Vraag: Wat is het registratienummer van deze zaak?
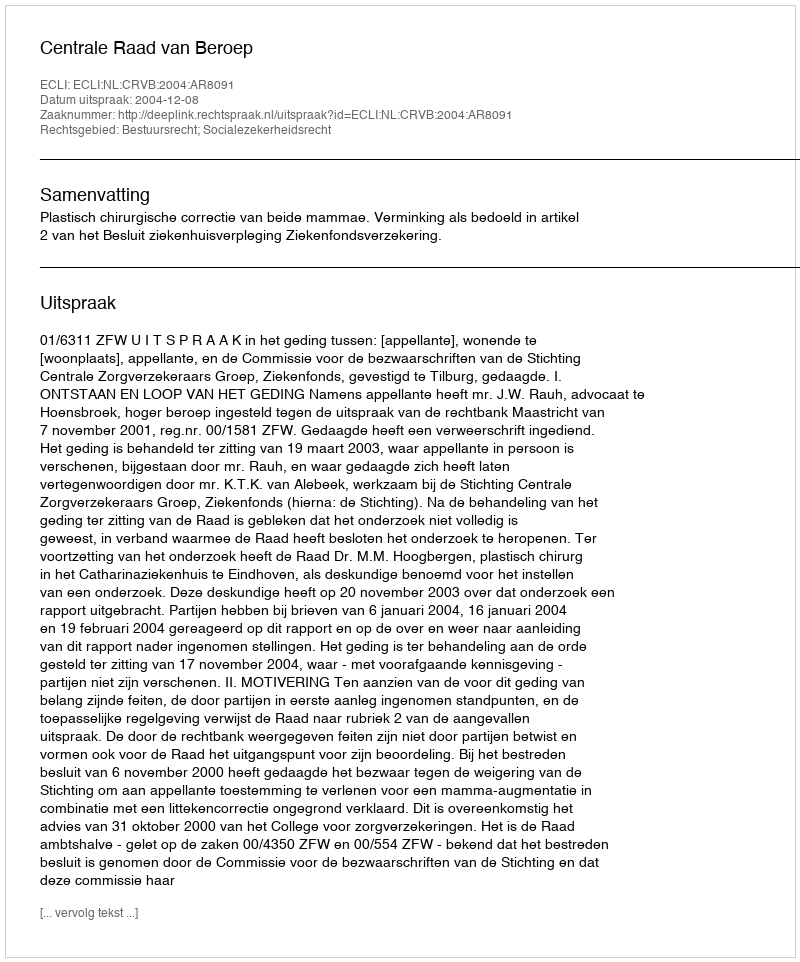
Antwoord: http://deeplink.rechtspraak.nl/uitspraak?id=ECLI:NL:CRVB:2004:AR8091